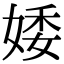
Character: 婑